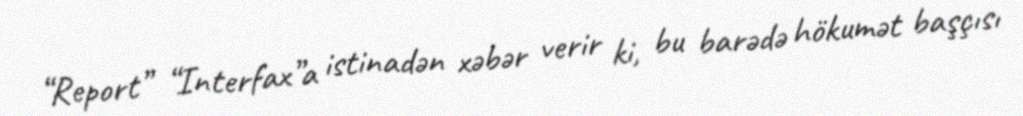
“Report” “Interfax”a istinadən xəbər verir ki, bu barədə hökumət başçısı